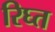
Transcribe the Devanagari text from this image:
रिघ्त